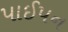
પાઈપન